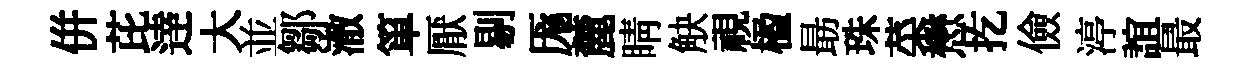
併芘逹大並鄒澈箪厭剔厖麓睛觖視楹朂珠菜懋扢儉渟誼最